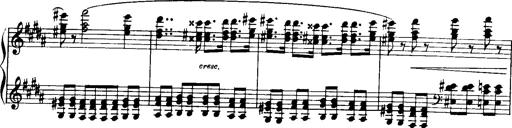
Title: Historische ungarische Bildnisse
Composer: Franz Liszt